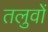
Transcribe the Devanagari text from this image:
तलुवों